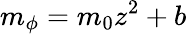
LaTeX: m_{\phi}=m_{0}z^{2}+b